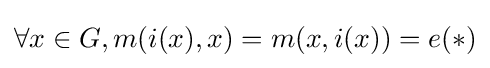
\forall x\in G,m(i(x),x)=m(x,i(x))=e(*)